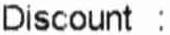
DISCOUNT :